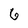
Character: 6